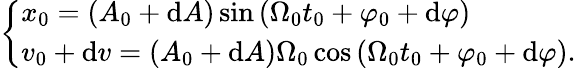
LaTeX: \left\{ \begin{array}{l}{x_{0}=(A_{0}+\mathrm{d}A)\sin\left(\Omega_{0}t_{0}+\varphi_{0}+\mathrm{d}\varphi\right)}\\ {v_{0}+\mathrm{d}v=(A_{0}+\mathrm{d}A)\Omega_{0}\cos\left(\Omega_{0}t_{0}+\varphi_{0}+\mathrm{d}\varphi\right)\mathrm{.}}\end{array}\right.